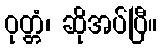
ဝုတ္တံ၊ ဆိုအပ်ပြီ။